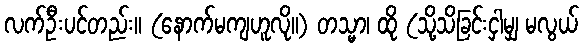
လက်ဦးပင်တည်း။ (နောက်မကျဟူလို။) တသ္မာ၊ ထို (သို့သိခြင်းငှါမျှ မလွယ်